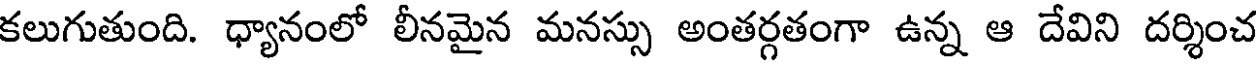
కలుగుతుంది. ధ్యానంలో లీనమైన మనస్సు అంతర్గతంగా ఉన్న ఆ దేవిని దర్శించ